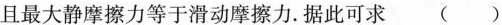
且最大静摩擦力等于滑动摩擦力。据此可求()